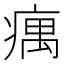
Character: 𤸒